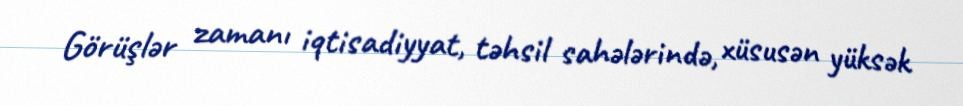
Görüşlər zamanı iqtisadiyyat, təhsil sahələrində, xüsusən yüksək